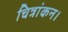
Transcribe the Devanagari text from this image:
चित्रांकन।